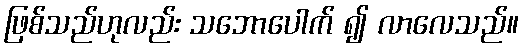
ဖြစ်သည်ဟုလည်း သဘောပေါက် ၍ လာလေသည်။